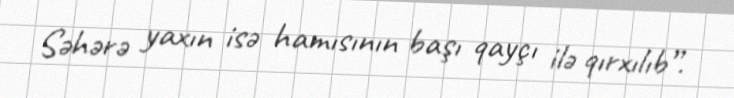
Səhərə yaxın isə hamısının başı qayçı ilə qırxılıb”.